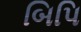
બિપિ